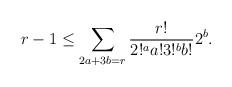
LaTeX: \begin{align*} r-1 \leq \sum_{\substack{2a + 3b = r}} \frac{r!}{2!^a a! 3!^b b!} 2^b. \end{align*}